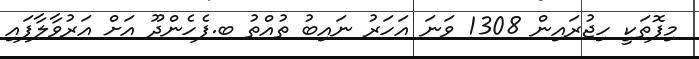
މިފޮތަކީ ހިޖުރައިން 1308 ވަނަ އަހަރު ނައިބު ތުއްތު ބ.ފެހެންދޫ އަށް އަރުވާލާފައި